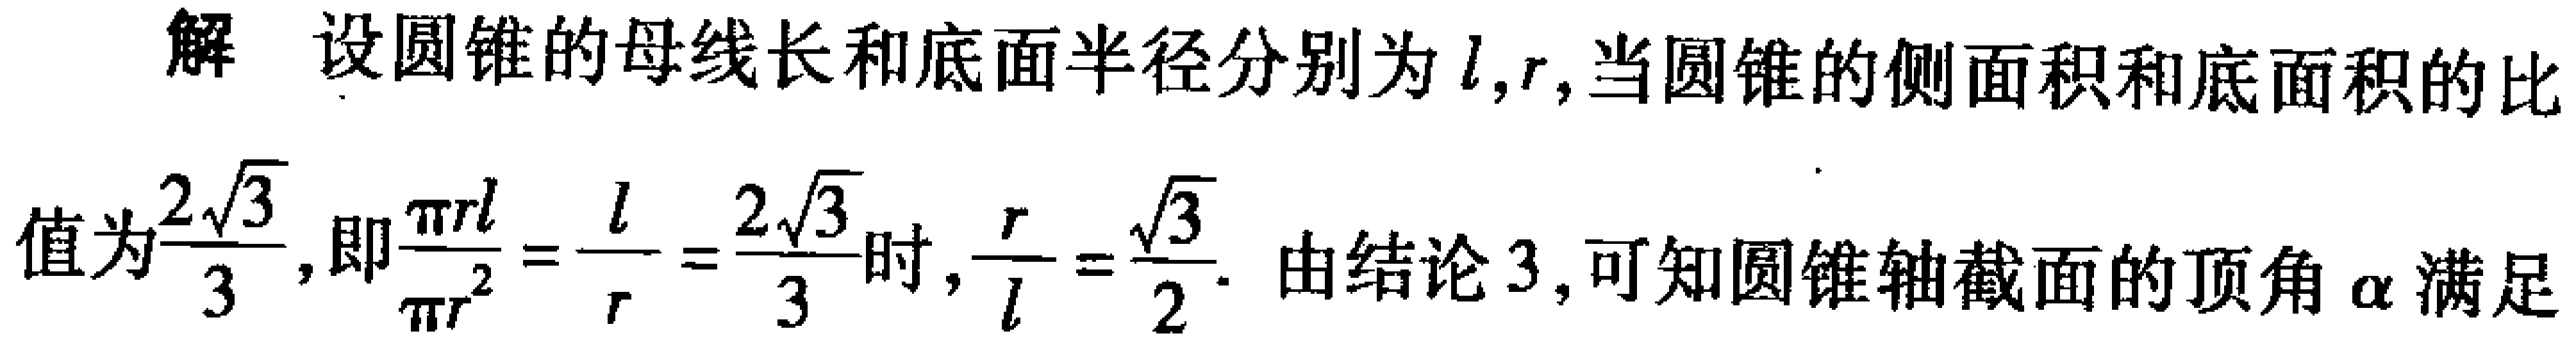
解 设圆锥的母线长和底面半径分别为\(l,r\),当圆锥的侧面积和底面积的比
值为\(\frac{2\sqrt{3}}{3}\),即\(\frac{\pi rl}{\pi r^{2}} = \frac{l}{r} = \frac{2\sqrt{3}}{3}\)时,\(\frac{r}{l} = \frac{\sqrt{3}}{2}\). 由结论3,可知圆锥轴截面的顶角\(\alpha\)满足